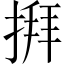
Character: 𢱎